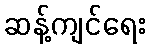
ဆန့်ကျင်ရေး